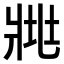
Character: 𤕿